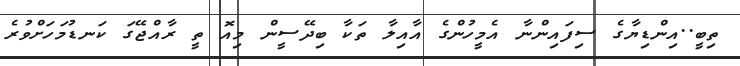
ތިބީ..އިންޑިޔާގެ ސިފައިންނާ އެމީހުންގެ އާއިލާ ތަކާ ބިދޭސީން މިއޮ ތީ ރާއްޖޭގަ ކަނޑުމަހަށްވުރެ